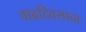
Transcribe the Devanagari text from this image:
वाढदिवसाचा